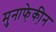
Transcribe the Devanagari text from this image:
मुनाफे़की़न